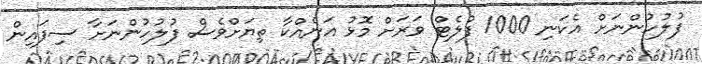
ފުލުހުންނަށް އެކަނި 1000 ފުލެޓް ވަރަށް މޮޅު އަނެއްކާ ތިޔަށްވެސް ފުލުހުންނަށާ ސިފައިން